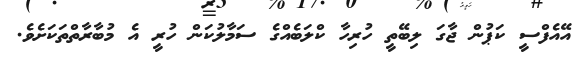
އޭއެފްސީ ކަޕުން ޖާގަ ލިބޭތީ ހުރިހާ ކްލަބެއްގެ ސަމާލުކަން ހުރީ އެ މުބާރާތްތަކަށެވެ.